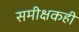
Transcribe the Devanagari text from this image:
समीक्षकही